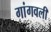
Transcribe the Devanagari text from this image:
गांगवली